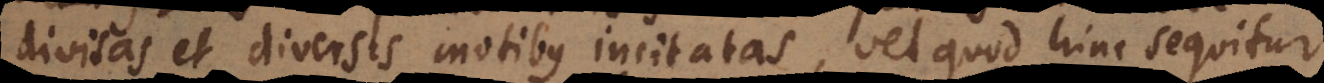
divisas et diversis motibus incitatas, vel quod hinc sequitur,